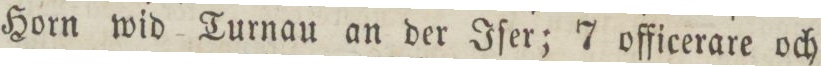
Horn wid Turnau an der Iſer; 7 officerare och